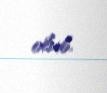
olub.